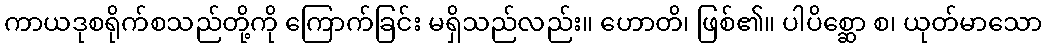
ကာယဒုစရိုက်စသည်တို့ကို ကြောက်ခြင်း မရှိသည်လည်း။ ဟောတိ၊ ဖြစ်၏။ ပါပိစ္ဆော စ၊ ယုတ်မာသော